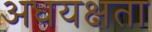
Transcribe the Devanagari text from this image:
अधयक्षता